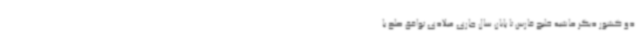
دو کشور دیگر حاشیه خلیج فارس تا پایان سال جاری میلادی توافق صلح با